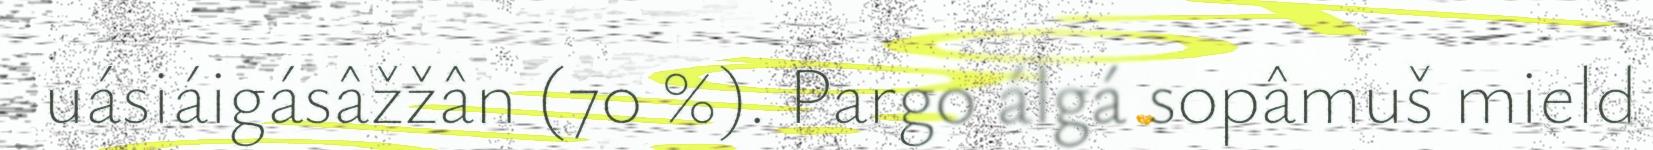
uásiáigásâžžân (70 %). Pargo álgá sopâmuš mield